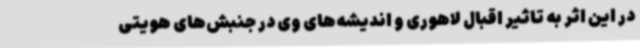
در این اثر به تاثیر اقبال لاهوری و اندیشه‌های وی در جنبش‌های هویتی